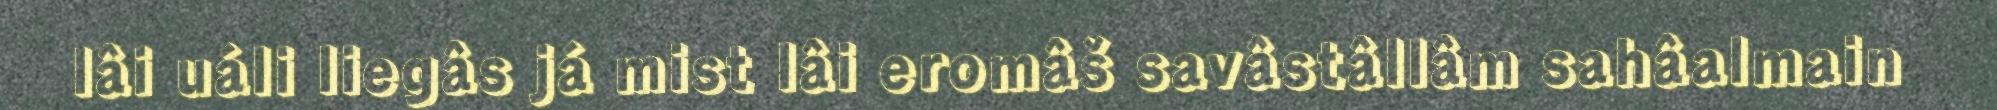
lâi uáli liegâs já mist lâi eromâš savâstâllâm sahâalmain